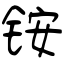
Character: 铵